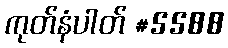
ကုတ်နံပါတ် #5588